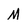
Character: M